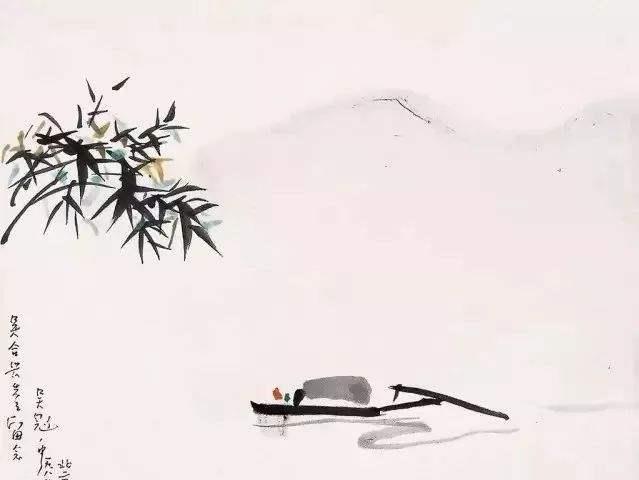
当断不断，反受其乱。